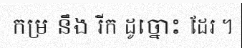
កម្រ នឹង រីក ដូច្នោះ ដែរ ។